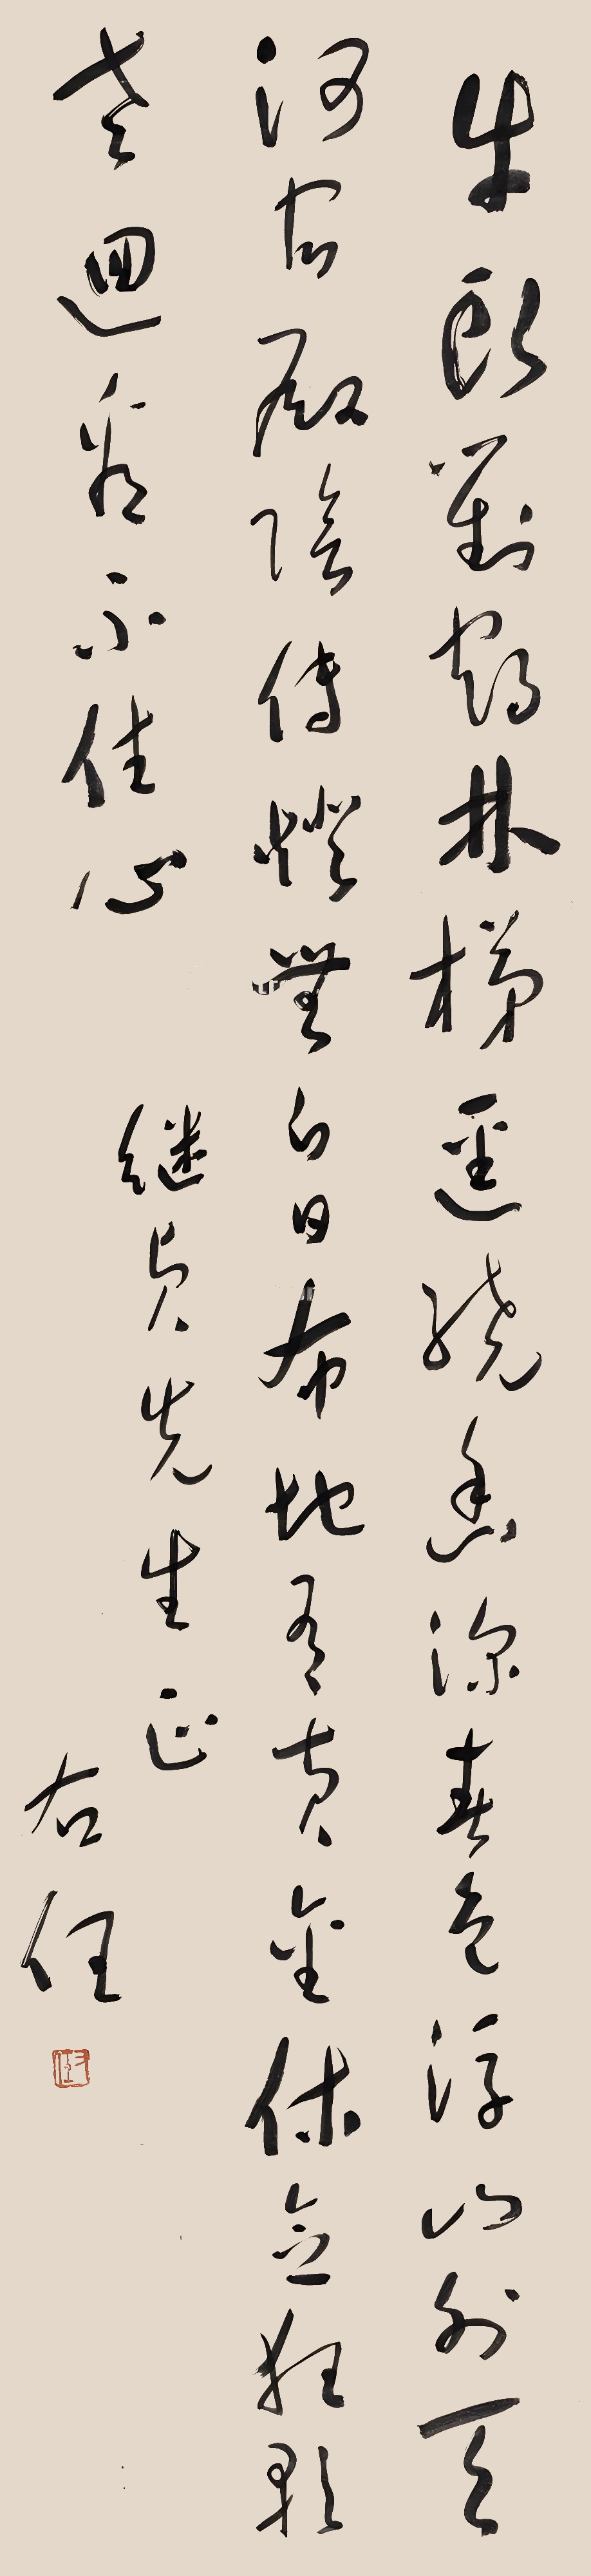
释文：牛头对鹤林，梯迳绕幽深。春色浮山外，天河宿殿阴。传灯无白日，布地有黄金。休念狂歌老，回看不住心。继贞先生正。右任。